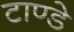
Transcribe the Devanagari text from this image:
टाण्डे